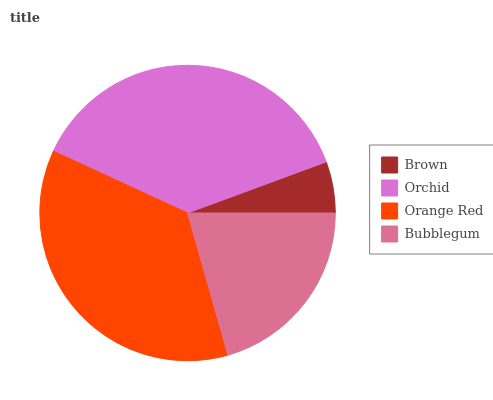
| Brown | Orchid | Orange Red | Bubblegum |
 | --- | --- | --- | --- |
 | 5.62% | 37.6% | 36.3% | 20.5% |